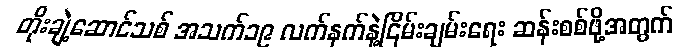
တိုးချဲ့ဆောင်သစ် အသက်၁၉ လက်နက်နဲ့ငြိမ်းချမ်းရေး ဆန်းစစ်ဖို့အတွက်